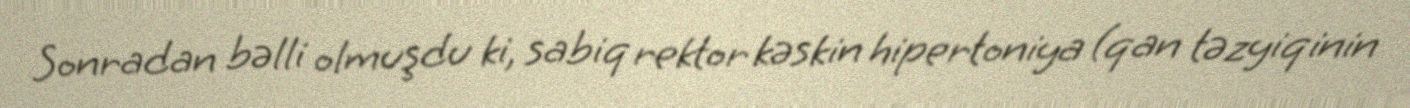
Sonradan bəlli olmuşdu ki, sabiq rektor kəskin hipertoniya (qan təzyiqinin